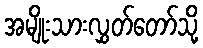
အမျိုးသားလွှတ်တော်သို့